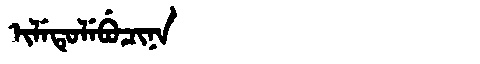
Manchu: ᡳᠯᡝᡨᡠᠯᡝᠪᡠᠴᡳᠨᠠ
Romanization: ILETULEBUCINA